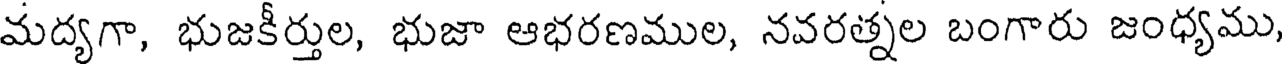
మద్యగా, భుజకీర్తుల, భుజా ఆభరణముల, నవరత్నల బంగారు జంధ్యము